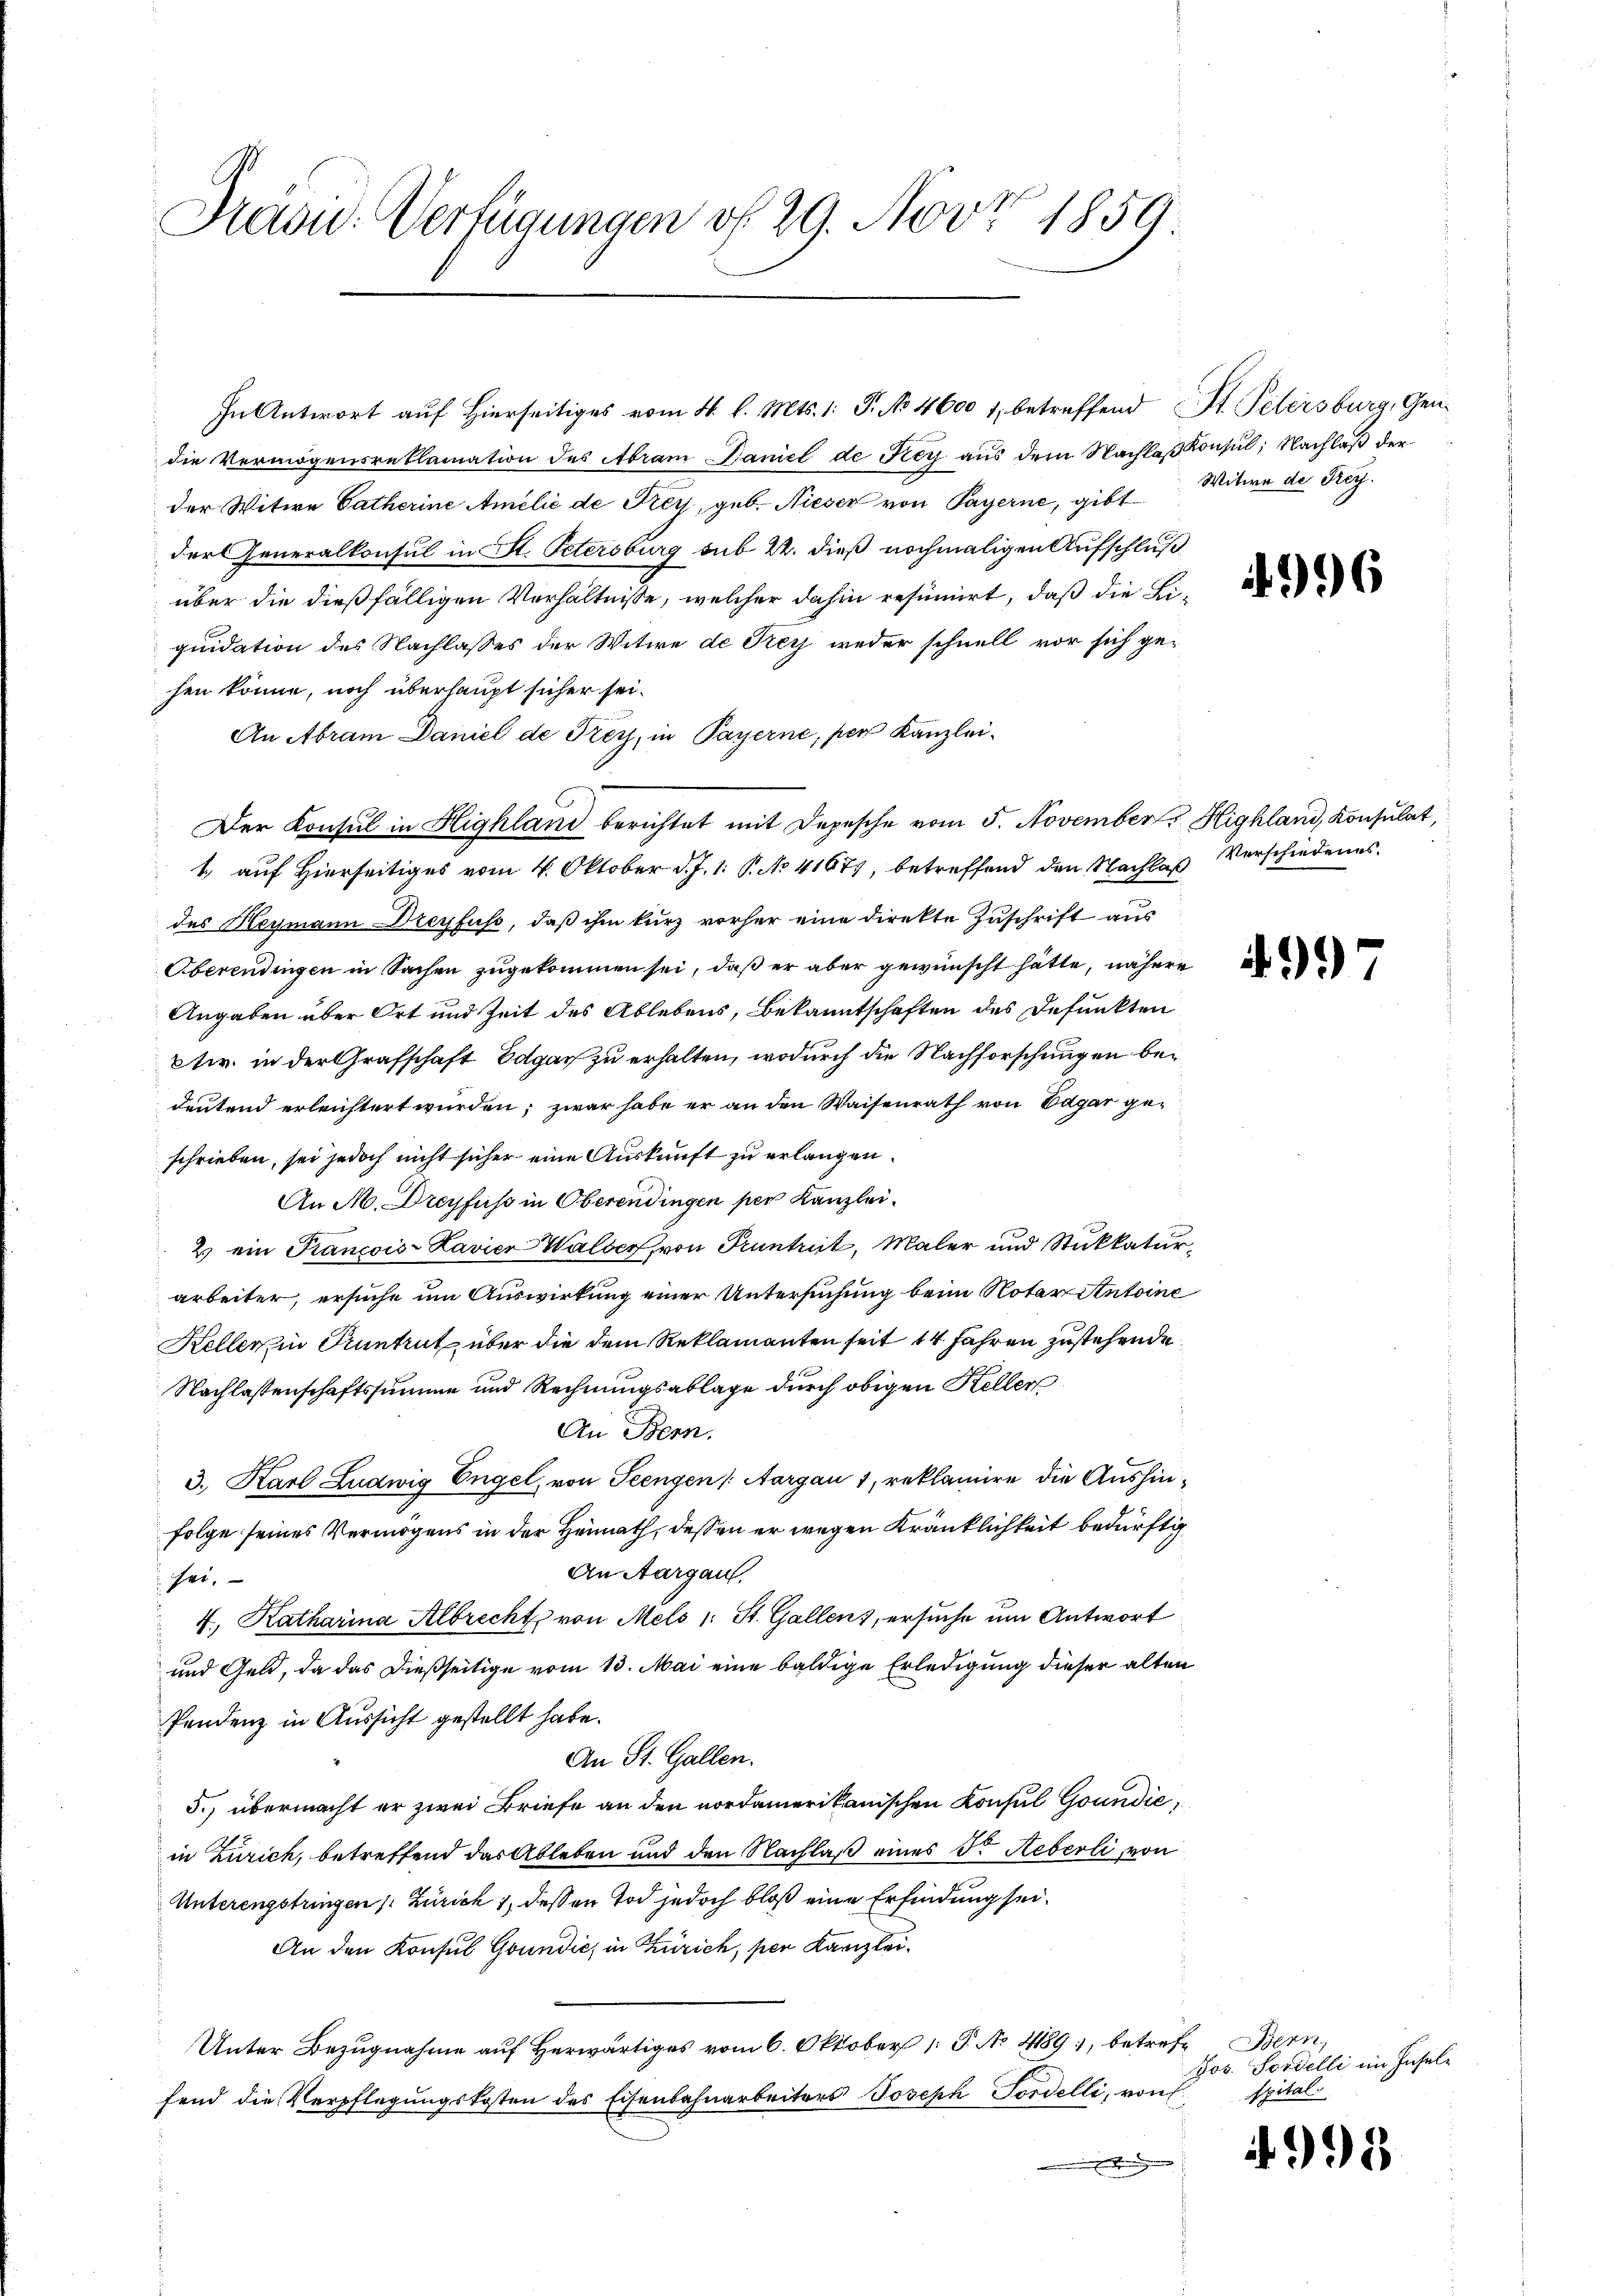
Drasu- Verfügungen f. 29. Nov. 1859.

In Antwort auf Hierseitiges vom 4. l. Mts. 1. P. No 4600 1, betreffend St. Petersburg, Gendie Vermögensreklamation des Abram Baniel de Frey aus dem Nachlaß Konsul, Nachlaß der
der Witwe Catherine Amelić de Frey, geb. Nieser von Payerne, gibt Witwe de Frey.
dor Generalkonsul in St. Petersburg sub 22. dieß nochmaligen Aufschluß
über die dießfälligen Verhältnisse, welcher dahin resumiert, daß die Liquidation des Nachlasses der Witwe de Frey weder schnell vor sich ge-
hen könne, noch überhaupt sicher sei¬
An Abram Daniel de Frey, in Payerne, per Kanzlei¬
Der Konsul in Highland berichtet mit Depesche vom 5. November Highland, Konsulat,
1 auf Hierseitiges vom 4. Oktober d. J. 1. P. No 4167, betreffend den Nachlaß Verschiedenes.
des Heymann Dreyfuss, daß ihm kurz vorher eine direkte Zuschrift aus
Oberendingen in Sachen zugekommen sei, daß er aber gewünscht hätte, nähere
Angaben über Ort und Zeit des Ablebens, Bekanntschaften des Defunkten
etr. in der Grafschaft Edgar zu erhalten, wodurch die Nachforschungen bedeutend erleichtert wurden; zwar habe er an den Waisenrath von Edgar geschrieben, sei jedoch nicht sicher eine Auskunft zu erlangen.
An M. Dreyfuss in Oberendingen per Kanzlei.
2) ein Francois-Kavier Walser, von Pruntreit, Maler und Stukkatur-
arbeiter, ersuche um Auswirkung einer Untersuchung beim Notar Antoine
Keller in Kuntrut über die dem Reklamanten seit 14 Jahren zustehende
Nachlassenschaftssumme und Rechnungsablage durch obigen Keller
An Bern.
3., Karl Ludwig Engel, von Seengen (Aargau 1, reklamire die Aushinfolge seines Vermögens in der Heimath, dessen er wegen Kränklichkeit bedürftig
An Aargau.
sei.
4. Katharina Albrecht von Mels (: St. Gallens, ersuche um Antwort
und Geld, da das dießseitige vom 13. Mai eine baldige Erledigung dieser alten
Pendenz in Aussicht gestellt habe.
An St. Gallen.
5.) übermacht er zwei Briefe an den nordamerikanischen Konsul Goundić,
in Zürich, betreffend das Ableben und den Nachlaß eines Dr Heberli, von
Unterengstringen (Zürich 1, dessen Tod jedoch bloß eine Erfindung sei¬
An den Konsul Goundić, in Zürich, per Kanzlei¬
Unter Bezugnahme auf Herwärtiges vom 6. Oktober 1. P. No 489, betreffend die Verpflegungskosten des Eisenbahnarbeiters Joseph Fordelli, von
eendigen

996

4997

Bern,
Jos. Fordelli im Inselspital.

i

4995